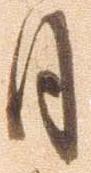
月